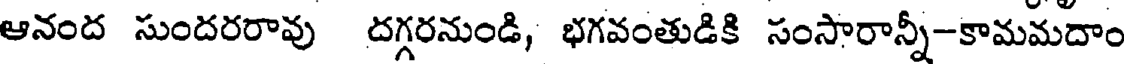
ఆనంద సుందరరావు దగ్గరనుండి, భగవంతుడికి సంసారాన్నీ-కామమదాం